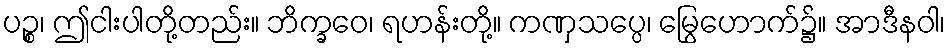
ပဉ္စ၊ ဤငါးပါတို့တည်း။ ဘိက္ခဝေ၊ ရဟန်းတို့။ ကဏှသပ္ပေ၊ မြွေဟောက်၌။ အာဒီနဝါ၊